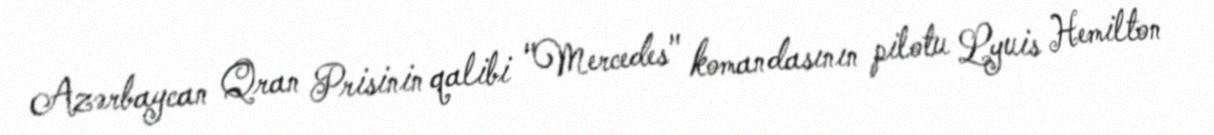
Azərbaycan Qran Prisinin qalibi "Mercedes" komandasının pilotu Lyuis Hemilton